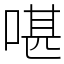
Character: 啿